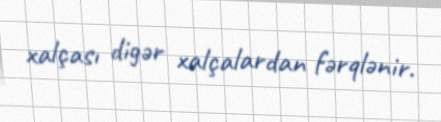
xalçası digər xalçalardan fərqlənir.